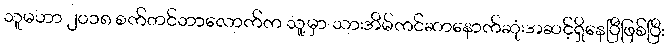
သူမဟာ ၂၀၁၈ စက်တင်ဘာလောက်က သူ့မှာ သားအိမ်ကင်ဆာနောက်ဆုံးအဆင့်ရှိနေပြီဖြစ်ပြီး